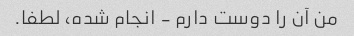
من آن را دوست دارم - انجام شده، لطفا.